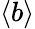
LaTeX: \langle b\rangle